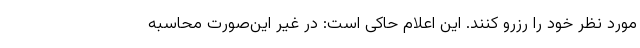
مورد نظر خود را رزرو کنند. این اعلام حاکی است: در غیر این‌صورت محاسبه